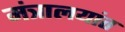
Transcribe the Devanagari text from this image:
मंत्रालयांत